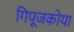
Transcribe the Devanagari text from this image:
गिपूजकोया